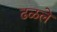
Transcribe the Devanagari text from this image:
ढळले